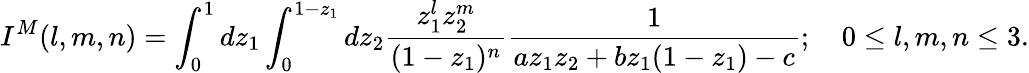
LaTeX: I^{M}(l,m,n)=\int_{0}^{1}dz_{1}\int_{0}^{1-z_{1}}dz_{2}{\frac{z_{1}^{l}z_{2}^{m}}{(1-z_{1})^{n}}}{\frac{1}{az_{1}z_{2}+bz_{1}(1-z_{1})-c}};\quad 0\leq l,m,n\leq 3.